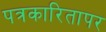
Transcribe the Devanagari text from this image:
पत्रकारितापर